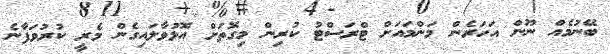
ބޭނުމެއް ނޫން އަހަރެން މަންމައަށް ޓްރަސްޓު ކުރިން މިގޮތަށް އޮޅުވާލައިގެން މެރީ ކުރުވަފާނެ